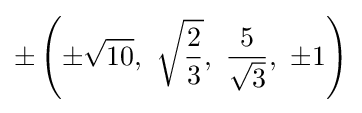
\pm \left(\pm {\sqrt {10}},\ {\sqrt {\frac {2}{3}}},\ {\frac {5}{\sqrt {3}}},\ \pm 1\right)